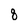
Character: 8